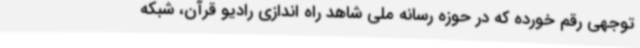
توجهی رقم خورده که در حوزه رسانه ملی شاهد راه اندازی رادیو قرآن، شبکه